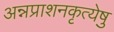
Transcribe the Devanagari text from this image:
अन्नप्राशनकृत्येषु